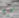
نوع